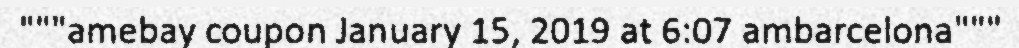
"""amebay coupon January 15, 2019 at 6:07 ambarcelona"""